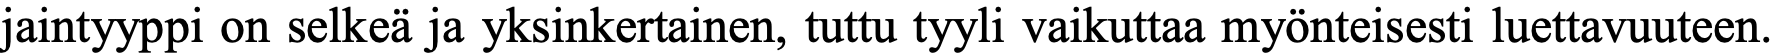
jaintyyppi on selkeä ja yksinkertainen, tuttu tyyli vaikuttaa myönteisesti luettavuuteen.